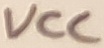
Text: VCC